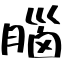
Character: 腦